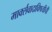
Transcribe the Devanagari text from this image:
मार्क्सवादाविषयीची